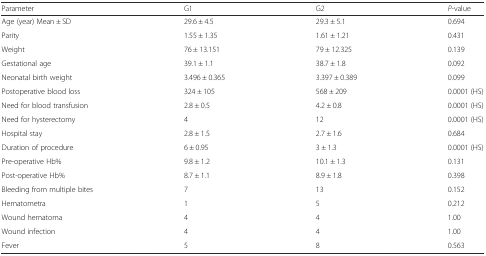
<table><thead><tr><td><b>Parameter</b></td><td><b>G1</b></td><td><b>G2</b></td><td><b><i>P</i>-value</b></td></tr></thead><tbody><tr><td>Age (year) Mean ± SD</td><td>29.6 ± 4.5</td><td>29.3 ± 5.1</td><td>0.694</td></tr><tr><td>Parity</td><td>1.55 ± 1.35</td><td>1.61 ± 1.21</td><td>0.431</td></tr><tr><td>Weight</td><td>76 ± 13.151</td><td>79 ± 12.325</td><td>0.139</td></tr><tr><td>Gestational age</td><td>39.1 ± 1.1</td><td>38.7 ± 1.8</td><td>0.092</td></tr><tr><td>Neonatal birth weight</td><td>3.496 ± 0.365</td><td>3.397 ± 0.389</td><td>0.099</td></tr><tr><td>Postoperative blood loss</td><td>324 ± 105</td><td>568 ± 209</td><td>0.0001 (HS)</td></tr><tr><td>Need for blood transfusion</td><td>2.8 ± 0.5</td><td>4.2 ± 0.8</td><td>0.0001 (HS)</td></tr><tr><td>Need for hysterectomy</td><td>4</td><td>12</td><td>0.0001 (HS)</td></tr><tr><td>Hospital stay</td><td>2.8 ± 1.5</td><td>2.7 ± 1.6</td><td>0.684</td></tr><tr><td>Duration of procedure</td><td>6 ± 0.95</td><td>3 ± 1.3</td><td>0.0001 (HS)</td></tr><tr><td>Pre-operative Hb%</td><td>9.8 ± 1.2</td><td>10.1 ± 1.3</td><td>0.131</td></tr><tr><td>Post-operative Hb%</td><td>8.7 ± 1.1</td><td>8.9 ± 1.8</td><td>0.398</td></tr><tr><td>Bleeding from multiple bites</td><td>7</td><td>13</td><td>0.152</td></tr><tr><td>Hematometra</td><td>1</td><td>5</td><td>0.212</td></tr><tr><td>Wound hematoma</td><td>4</td><td>4</td><td>1.00</td></tr><tr><td>Wound infection</td><td>4</td><td>4</td><td>1.00</td></tr><tr><td>Fever</td><td>5</td><td>8</td><td>0.563</td></tr></tbody></table>